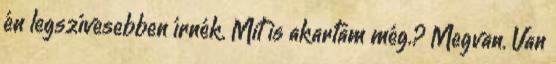
én legszívesebben írnék. Mit is akartam még.? Megvan. Van